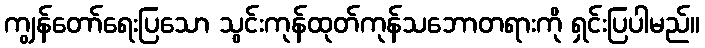
ကျွန်တော်ရေးပြသော သွင်းကုန်ထုတ်ကုန်သဘောတရားကို ရှင်းပြပါမည်။